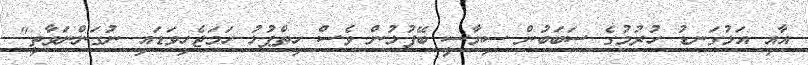
އާއި އަޅުގަނޑު ހުރުމުގެ ސަބަބުން ސިޔާސީ ބޭފުޅުން ވެސް ހިތްޕުޅު ހަމަޖެހިވަޑައި ނުގަންނަވާތީ"